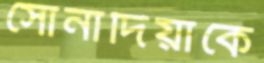
সোনাদিয়াকে